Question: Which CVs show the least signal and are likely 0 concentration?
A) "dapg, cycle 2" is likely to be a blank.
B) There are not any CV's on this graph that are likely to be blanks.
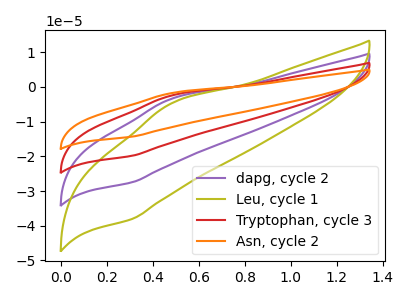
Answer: <think>The purple curve "dapg, cycle 2" has an anodic peak at (0.50V, -3.40uA) and a cathodic peak at (0.30V, -27.50uA). The olive curve "Leu, cycle 1" has an anodic peak at (0.50V, -4.75uA) and a cathodic peak at (0.30V, -38.05uA). The red curve "Tryptophan, cycle 3" has an anodic peak at (0.50V, -6.85uA) and a cathodic peak at (0.30V, -54.95uA). The orange curve "Asn, cycle 2" has an anodic peak at (0.50V, -10.25uA) and a cathodic peak at (0.30V, -82.45uA).</think>
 <answer>B) There are not any CV's on this graph that are likely to be blanks.</answer>
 <eval>B</eval>